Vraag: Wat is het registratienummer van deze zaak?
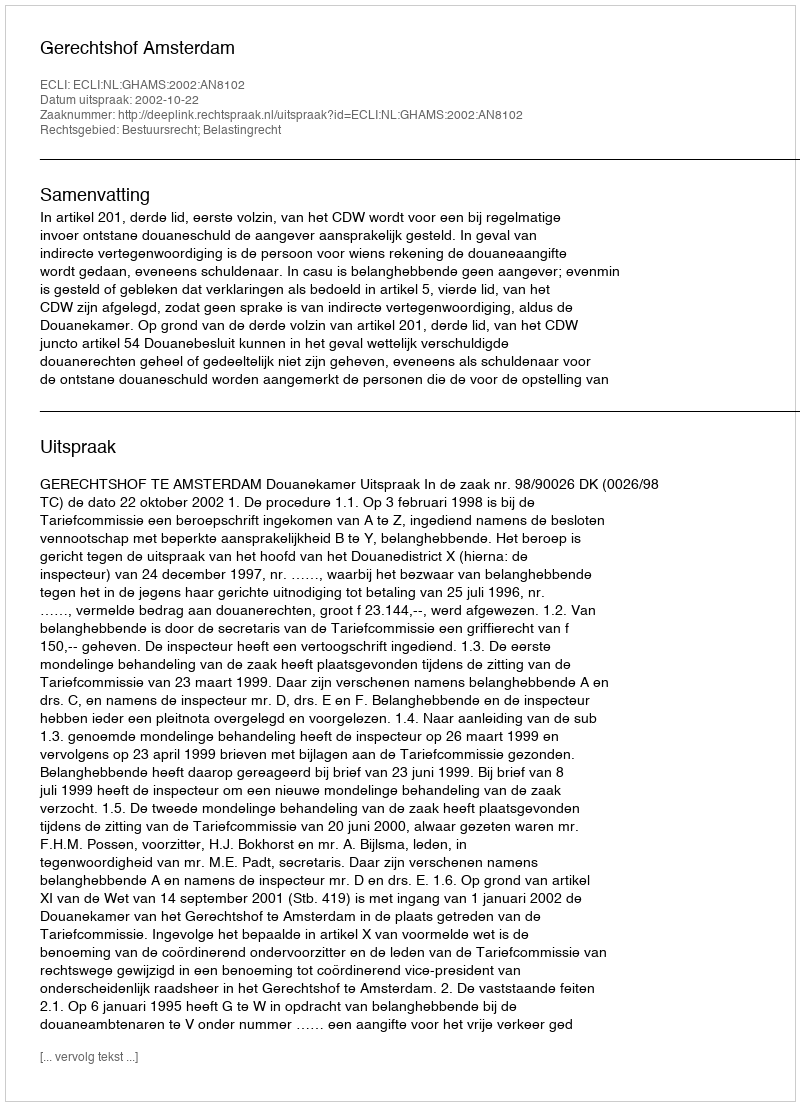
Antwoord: http://deeplink.rechtspraak.nl/uitspraak?id=ECLI:NL:GHAMS:2002:AN8102